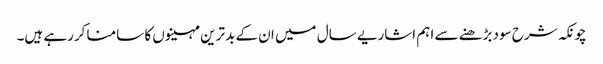
چونکہ شرح سود بڑھنے سے اہم اشاریے سال میں ان کے بدترین مہینوں کا سامنا کررہے ہیں۔